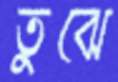
তুঝে